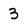
Character: 3